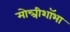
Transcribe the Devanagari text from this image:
मोन्त्रीशाॅभा